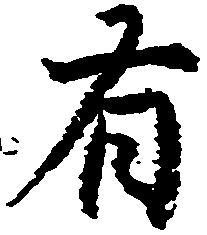
有